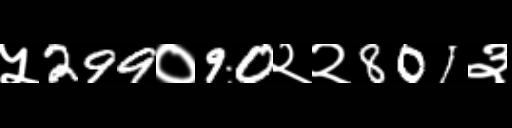
Text: ५299०90२२801३